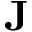
\mathbf { J }